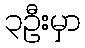
၃ဦးမှာ